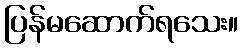
ပြန်မဆောက်ရသေး။